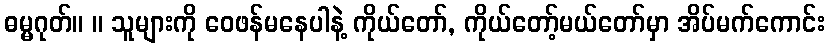
ဓမ္မဂုတ်။ ။ သူများကို ဝေဖန်မနေပါနဲ့ ကိုယ်တော်, ကိုယ်တော့်မယ်တော်မှာ အိပ်မက်ကောင်း